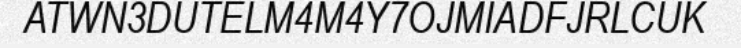
ATWN3DUTELM4M4Y7OJMIADFJRLCUK